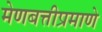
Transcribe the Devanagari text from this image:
मेणबत्तीप्रमाणे